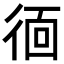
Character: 𭛱